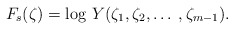
\begin{align*} F_{s}(\zeta) = \mbox{log } Y(\zeta_1, \zeta_2, \ldots \: , \zeta_{m-1}).\end{align*}